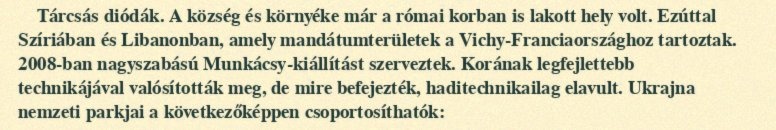
Tárcsás diódák. A község és környéke már a római korban is lakott hely volt. Ezúttal Szíriában és Libanonban, amely mandátumterületek a Vichy-Franciaországhoz tartoztak. 2008-ban nagyszabású Munkácsy-kiállítást szerveztek. Korának legfejlettebb technikájával valósították meg, de mire befejezték, haditechnikailag elavult. Ukrajna nemzeti parkjai a következőképpen csoportosíthatók: